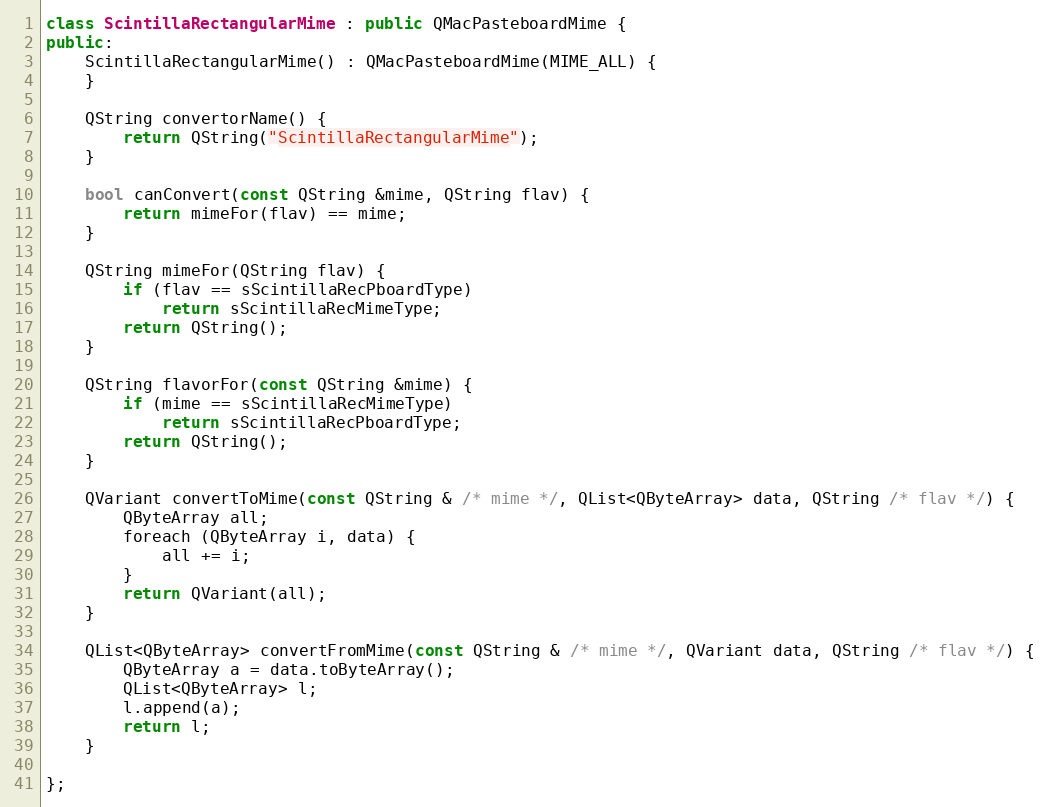
Language: C++
class ScintillaRectangularMime : public QMacPasteboardMime {
public:
	ScintillaRectangularMime() : QMacPasteboardMime(MIME_ALL) {
	}

	QString convertorName() {
		return QString("ScintillaRectangularMime");
	}

	bool canConvert(const QString &mime, QString flav) {
		return mimeFor(flav) == mime;
	}

	QString mimeFor(QString flav) {
		if (flav == sScintillaRecPboardType)
			return sScintillaRecMimeType;
		return QString();
	}

	QString flavorFor(const QString &mime) {
		if (mime == sScintillaRecMimeType)
			return sScintillaRecPboardType;
		return QString();
	}

	QVariant convertToMime(const QString & /* mime */, QList<QByteArray> data, QString /* flav */) {
		QByteArray all;
		foreach (QByteArray i, data) {
			all += i;
		}
		return QVariant(all);
	}

	QList<QByteArray> convertFromMime(const QString & /* mime */, QVariant data, QString /* flav */) {
		QByteArray a = data.toByteArray();
		QList<QByteArray> l;
		l.append(a);
		return l;
	}

};